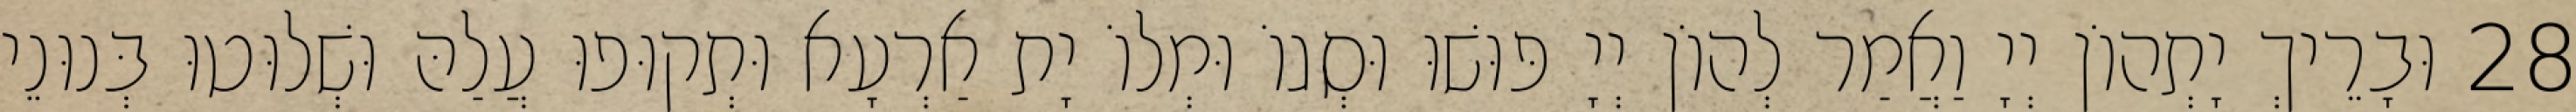
28 וּבָרֵיךְ יָתְהוֹן יְיָ וַאֲמַר לְהוֹן יְיָ פּוּשׁוּ וּסְגוֹ וּמְלוֹ יָת אַרְעָא וּתְקוּפוּ עֲלַהּ וּשְׁלוּטוּ בְּנוּנֵי